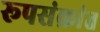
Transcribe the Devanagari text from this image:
रूपसंक्रांत